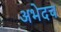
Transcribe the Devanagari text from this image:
अभेदच